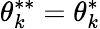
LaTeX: \theta_{k}^{**}=\theta_{k}^{*}